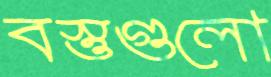
বস্তুগুলো